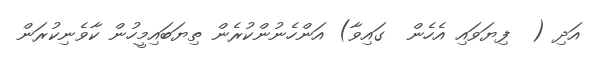
އަދި (  ފިޔަވައި އެހެން  ގައިވާ) އަންހެނުންކުރެން ތިޔަބައިމީހުން ކާވެނިކުރަން